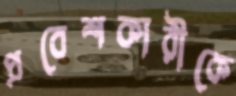
প্রবেশকারীকে